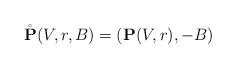
LaTeX: \begin{align*} \mathring{\mathbf{P}}(V,r,B) = (\mathbf{P}(V,r),-B)\end{align*}